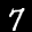
Label: 7